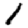
Digit: 1